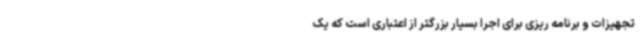
تجهیزات و برنامه ریزی برای اجرا بسیار بزرگتر از اعتباری است که یک